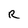
Character: R